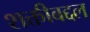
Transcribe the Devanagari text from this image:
शक्तीबद्दल